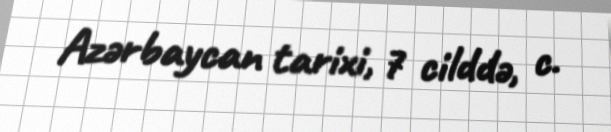
Azərbaycan tarixi, 7 cilddə, c.